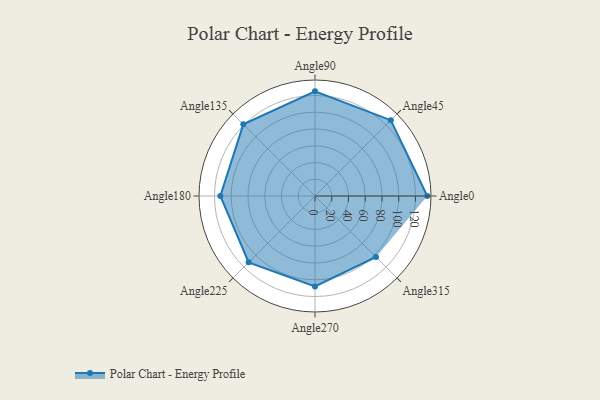
{"axis": {"x": "Angle", "y": "Radius"}, "legend": [""], "data": [{"x": "Angle0", "y": 134.0, "type": ""}, {"x": "Angle45", "y": 128.0, "type": ""}, {"x": "Angle90", "y": 125.0, "type": ""}, {"x": "Angle135", "y": 121.0, "type": ""}, {"x": "Angle180", "y": 113.0, "type": ""}, {"x": "Angle225", "y": 112.0, "type": ""}, {"x": "Angle270", "y": 108.0, "type": ""}, {"x": "Angle315", "y": 103.0, "type": ""}]}